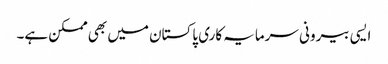
ایسی بیرونی سرمایہ کاری پاکستان میں بھی ممکن ہے۔